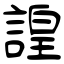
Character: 諻